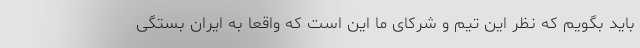
باید بگویم که نظر این تیم و شرکای ما این است که واقعا به ایران بستگی